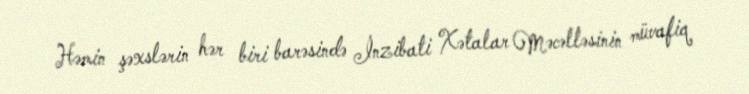
Həmin şəxslərin hər biri barəsində İnzibati Xətalar Məcəlləsinin müvafiq